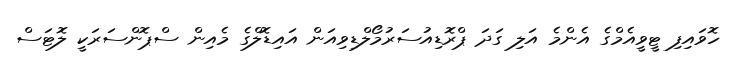
ހޮވައިފި ޓީވީއެމްގެ އެންމެ އަލި ގަދަ ޕްރޮޑިއުސަރުމޯލްޑިވިއަން އައިޑޮލްގެ މެއިން ސްޕޮންސަރަކީ ލޮޓަސް